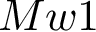
M w 1